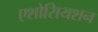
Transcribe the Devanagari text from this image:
एशोसियशन